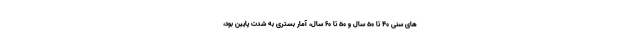
های سنی ۴۰ تا ۵۰ سال و ۵۰ تا ۶۰ سال، آمار بستری به شدت پایین بود،